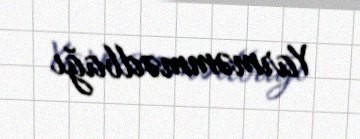
Yarməmmədbağı